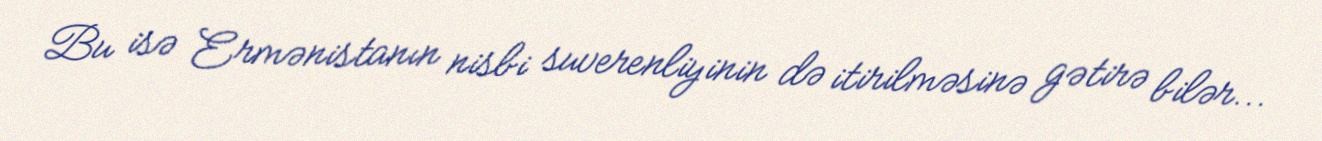
Bu isə Ermənistanın nisbi suverenliyinin də itirilməsinə gətirə bilər...